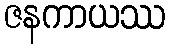
ဇနကာယဿ